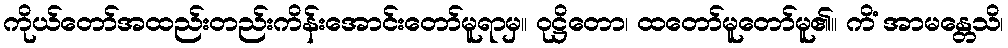
ကိုယ်တော်အထည်းတည်းကိန်းအောင်းတော်မူရာမှ။ ဝုဋ္ဌိတော၊ ထတော်မူတော်မူ၏။ ကိံ အာမန္တေသိ၊